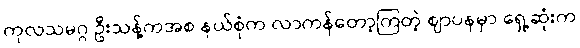
ကုလသမဂ္ဂ ဦးသန့်ကအစ နယ်စုံက လာကန်တော့ကြတဲ့ ဈာပနမှာ ရှေ့ဆုံးက